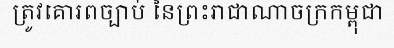
ត្រូវគោរពច្បាប់ នៃព្រះរាជាណាចក្រកម្ពុជា